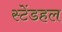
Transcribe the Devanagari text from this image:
स्टेंडहल